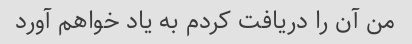
من آن را دریافت کردم به یاد خواهم آورد